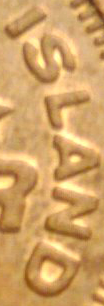
ISLAND